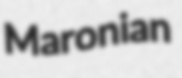
Maronian